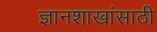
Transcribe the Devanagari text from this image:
ज्ञानशाखांसाठी